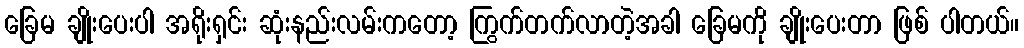
ခြေမ ချိုးပေးပါ အရိုးရှင်း ဆုံးနည်းလမ်းကတော့ ကြွက်တက်လာတဲ့အခါ ခြေမကို ချိုးပေးတာ ဖြစ် ပါတယ်။